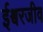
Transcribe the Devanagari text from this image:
ईश्वरजीव